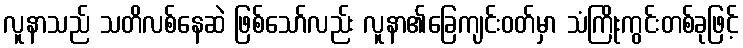
လူနာသည် သတိလစ်နေဆဲ ဖြစ်သော်လည်း လူနာ၏ခြေကျင်းဝတ်မှာ သံကြိုးကွင်းတစ်ခုဖြင့်